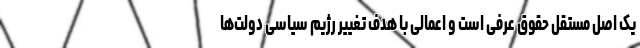
یک اصل مستقل حقوق عرفی است و اعمالی با هدف تغییر رژیم سیاسی دولت‌ها